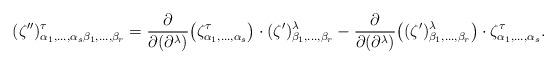
LaTeX: \begin{gather*}(\zeta'')^\tau_{\alpha_1,\dots,\alpha_s\beta_1,\dots,\beta_r} =\frac{\partial}{\partial(\partial^\lambda)}\big(\zeta^\tau_{\alpha_1,\dots,\alpha_s}\big) \cdot(\zeta')^\lambda_{\beta_1,\dots,\beta_r}-\frac{\partial}{\partial(\partial^\lambda)}\big((\zeta')^\lambda_{\beta_1,\dots,\beta_r}\big) \cdot\zeta^\tau_{\alpha_1,\dots,\alpha_s}.\end{gather*}